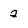
Character: 2